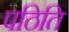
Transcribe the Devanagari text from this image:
पठिति